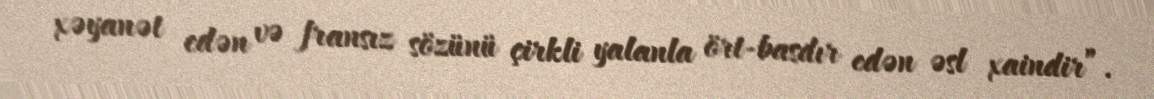
xəyanət edən və fransız sözünü çirkli yalanla ört-basdır edən əsl xaindir”.